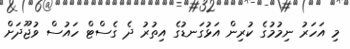
މި އަހަރު ނިމުމުގެ ކުރިން އަޅުގަނޑުގެ އިތުރު ދެ ގެސްޓް ހައުސް ވުޖޫދަށް